Lunatic asylums in Bengal annual reports 1899-1911 - 1899-1911
Year: 1899
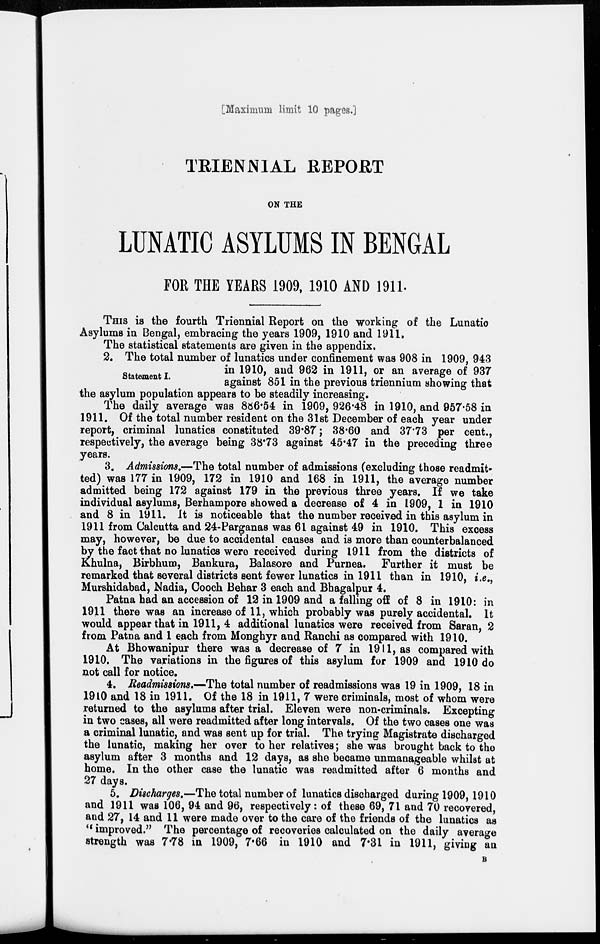
[Maximum limit 10 pages.]
TRIENNIAL REPORT
ON THE
LUNATIC ASYLUMS IN BENGAL
FOR THE YEARS 1909, 1910 AND 1911.
THIS is the fourth Triennial Report on the working of the Lunatic
Asylums in Bengal, embracing the years 1909, 1910 and 1911.
The statistical statements are given in the appendix.
Statement I.
2. The total number of lunatics under confinement was 908 in 1909, 943
in 1910, and 962 in 1911, or an average of 937
against 851 in the previous triennium showing that
the asylum population appears to be steadily increasing.
The daily average was 886.54 in 1909, 926.48 in 1910, and 957.58 in
1911. Of the total number resident on the 31st December of each year under
report, criminal lunatics constituted 39.87; 38.60 and 37.73 per cent.,
respectively, the average being 38.73 against 45.47 in the preceding three
years.
3. Admissions.—The total number of admissions (excluding those readmit-
ted) was 177 in 1909, 172 in 1910 and 168 in 1911, the average number
admitted being 172 against 179 in the previous three years. If we take
individual asylums, Berhampore showed a decrease of 4 in 1909, 1 in 1910
and 8 in 1911. It is noticeable that the number received in this asylum in
1911 from Calcutta and 24-Parganas was 61 against 49 in 1910. This excess
may, however, be due to accidental causes and is more than counterbalanced
by the fact that no lunatics were received during 1911 from the districts of
Khulna, Birbhum, Bankura, Balasore and Purnea. Further it must be
remarked that several districts sent fewer lunatics in 1911 than in 1910, i.e.,
Murshidabad, Nadia, Cooch Behar 3 each and Bhagalpur 4.
Patna had an accession of 12 in 1909 and a falling off of 8 in 1910: in
1911 there was an increase of 11, which probably was purely accidental. It
would appear that in 1911, 4 additional lunatics were received from Saran, 2
from Patna and 1 each from Monghyr and Ranchi as compared with 1910.
At Bhowanipur there was a decrease of 7 in 1911, as compared with
1910. The variations in the figures of this asylum for 1909 and 1910 do
not call for notice.
4. Readmissions.—The total number of readmissions was 19 in 1909, 18 in
1910 and 18 in 1911. Of the 18 in 1911, 7 were criminals, most of whom were
returned to the asylums after trial. Eleven were non-criminals. Excepting
in two cases, all were readmitted after long intervals. Of the two cases one was
a criminal lunatic, and was sent up for trial. The trying Magistrate discharged
the lunatic, making her over to her relatives; she was brought back to the
asylum after 3 months and 12 days, as she became unmanageable whilst at
home. In the other case the lunatic was readmitted after 6 months and
27 days.
5. Discharges.—The total number of lunatics discharged during 1909,1910
and 1911 was 106, 94 and 96, respectively: of these 69, 71 and 70 recovered,
and 27, 14 and 11 were made over to the care of the friends of the lunatics as
'' improved." The percentage of recoveries calculated on the daily average
strength was 7.78 in 1909, 7.66 in 1910 and 7.31 in 1911, giving an
B